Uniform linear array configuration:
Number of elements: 16
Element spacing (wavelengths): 0.25
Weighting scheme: exponential
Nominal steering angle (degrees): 30
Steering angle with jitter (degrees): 31.84
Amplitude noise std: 0.05
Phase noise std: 0.05

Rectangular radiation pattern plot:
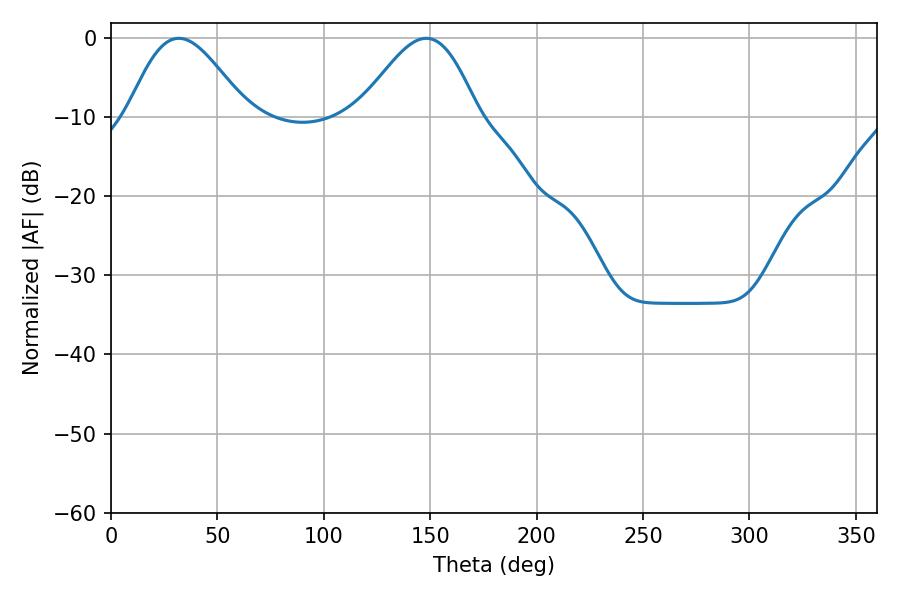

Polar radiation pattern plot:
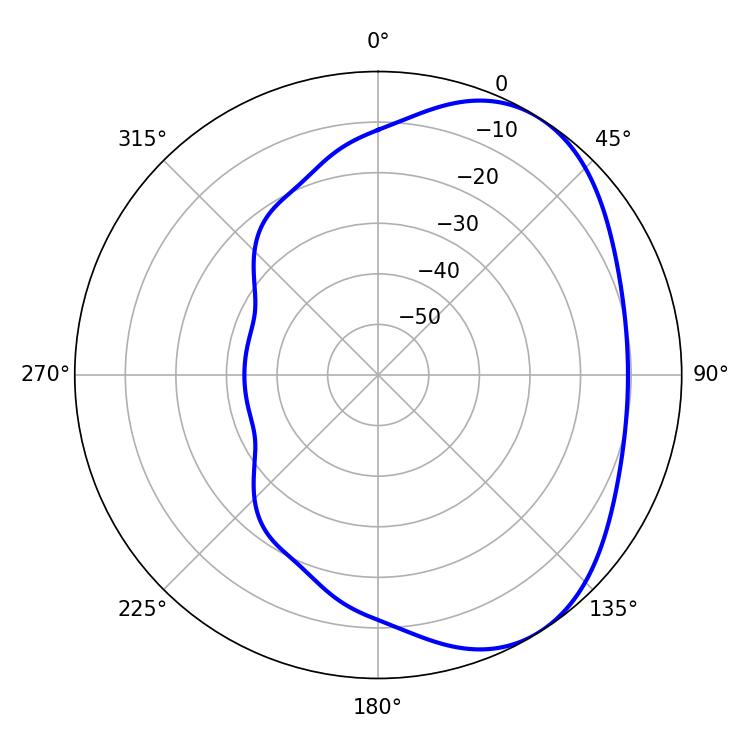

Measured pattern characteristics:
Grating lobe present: FALSE
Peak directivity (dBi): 4.548
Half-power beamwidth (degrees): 29.7
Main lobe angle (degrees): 31.86